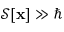
{ \mathcal { S } } [ \mathbf { x } ] \gg \hbar